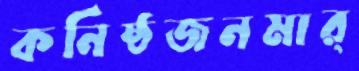
কনিষ্ঠজনমার্